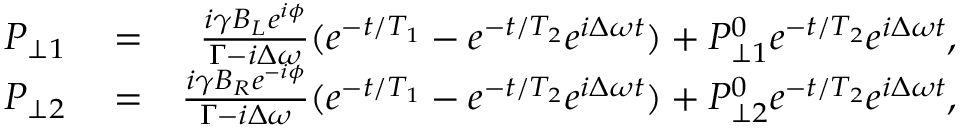
\begin{array} { r l r } { P _ { \perp 1 } } & { { } = } & { \frac { i \gamma B _ { L } e ^ { i \phi } } { \Gamma - i \Delta \omega } ( e ^ { - t / T _ { 1 } } - e ^ { - t / T _ { 2 } } e ^ { i \Delta \omega t } ) + P _ { \perp 1 } ^ { 0 } e ^ { - t / T _ { 2 } } e ^ { i \Delta \omega t } , } \\ { P _ { \perp 2 } } & { { } = } & { \frac { i \gamma B _ { R } e ^ { - i \phi } } { \Gamma - i \Delta \omega } ( e ^ { - t / T _ { 1 } } - e ^ { - t / T _ { 2 } } e ^ { i \Delta \omega t } ) + P _ { \perp 2 } ^ { 0 } e ^ { - t / T _ { 2 } } e ^ { i \Delta \omega t } , } \end{array}